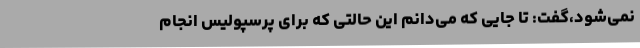
نمی‌شود،‌گفت: تا جایی که می‌دانم این حالتی که برای پرسپولیس انجام